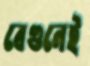
বেগুনেই